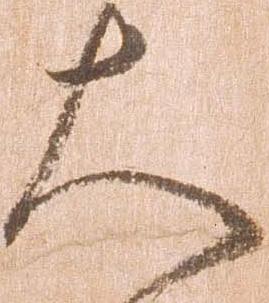
大